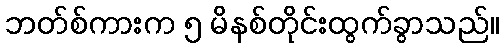
ဘတ်စ်ကားက ၅ မိနစ်တိုင်းထွက်ခွာသည်။